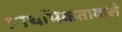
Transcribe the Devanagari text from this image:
प्राथमिकतावाले